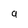
Character: g